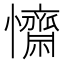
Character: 𢥖